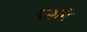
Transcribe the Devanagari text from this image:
एल्लोवे